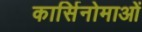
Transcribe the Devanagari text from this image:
कार्सिनोमाओं